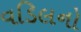
વડિલનો